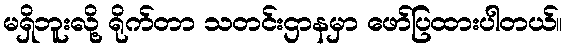
မရှိဘူးလို့ ရိုက်တာ သတင်းဌာနမှာ ဖော်ပြထားပါတယ်။